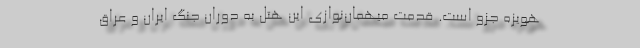
هویزه جزو است. قدمت میهمان‌نوازی این هتل به دوران جنگ ایران و عراق